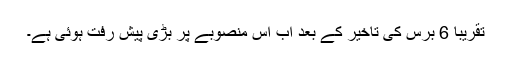
تقریباً 6 برس کی تاخیر کے بعد اب اس منصوبے پر بڑی پیش رفت ہوئی ہے۔